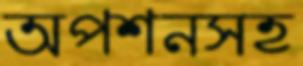
অপশনসহ